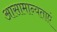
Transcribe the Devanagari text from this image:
आसामान्यताएं